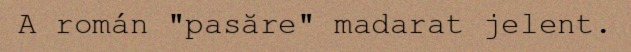
A román "pasăre" madarat jelent.